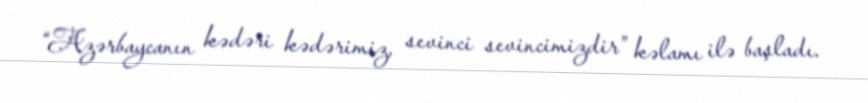
“Azərbaycanın kədəri kədərimiz, sevinci sevincimizdir” kəlamı ilə başladı.